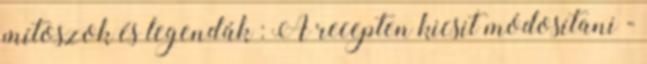
mítoszok és legendák : A recepten kicsit módosítani -